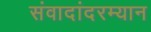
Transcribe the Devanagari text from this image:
संवादांदरम्यान